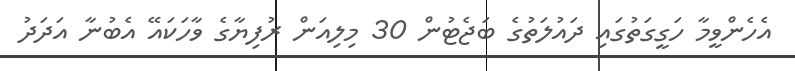
އެހެންވީމާ ހަގީގަތުގައި ދައުލަތުގެ ބަޖެޓުން 30 މިލިއަން ރުފިޔާގެ ވާހަކައޭ އެބުނާ އަދަދު